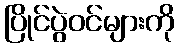
ပြိုင်ပွဲဝင်များကို